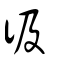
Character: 彶